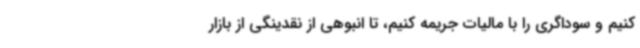
کنیم و سوداگری را با مالیات جریمه کنیم، تا انبوهی از نقدینگی از بازار